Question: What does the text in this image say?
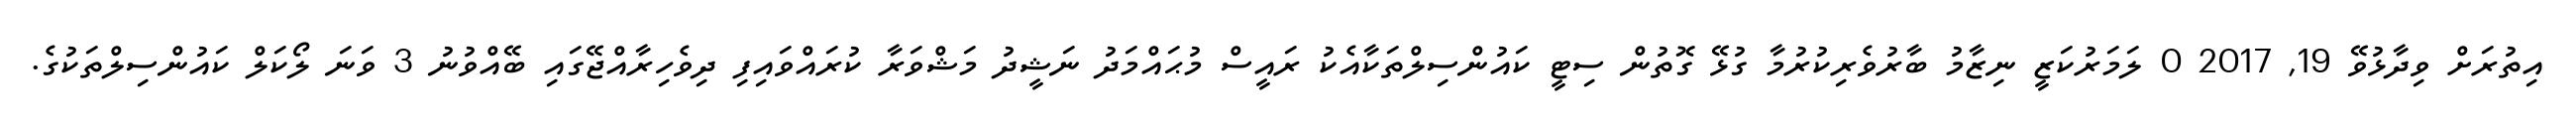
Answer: އިތުރަށް ވިދާޅުވޭ 19, 2017 0 ލަމަރުކަޒީ ނިޒާމު ބާރުވެރިކުރުމާ ގުޅޭ ގޮތުން ސިޓީ ކައުންސިލްތަކާއެކު ރައީސް މުޙައްމަދު ނަޝީދު މަޝްވަރާ ކުރައްވައިފި ދިވެހިރާއްޖޭގައި ބޭއްވުނު 3 ވަނަ ލޯކަލް ކައުންސިލްތަކުގެ.